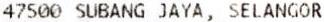
47500 SUBANG JAYA, SELANGOR